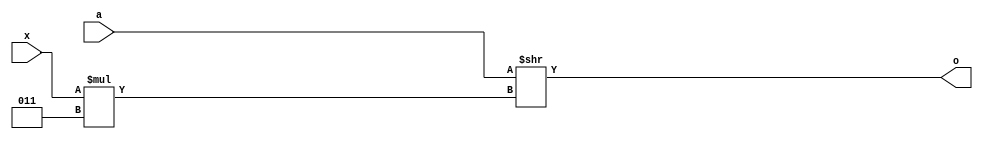
module top(input [31:0] a, input signed [2:0] x, output [2:0] o);

wire [5:0] t = x * 3;
assign o = a >> t;

endmodule